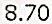
8.70